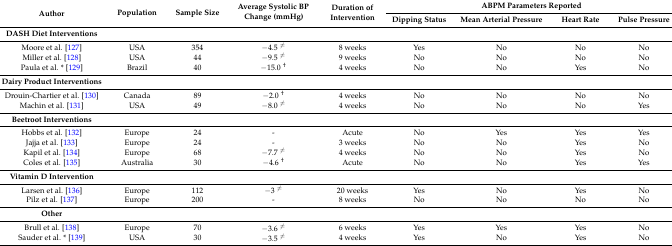
<table><thead><tr><td rowspan="2"><b>Author</b></td><td rowspan="2"><b>Population</b></td><td rowspan="2"><b>Sample Size</b></td><td rowspan="2"><b>Average Systolic BP Change (mmHg)</b></td><td rowspan="2"><b>Duration of Intervention</b></td><td colspan="4"><b>ABPM Parameters Reported</b></td></tr><tr><td><b>Dipping Status</b></td><td><b>Mean Arterial Pressure</b></td><td><b>Heart Rate</b></td><td><b>Pulse Pressure</b></td></tr></thead><tbody><tr><td><b>DASH Diet Interventions</b></td><td></td><td></td><td></td><td></td><td></td><td></td><td></td><td></td></tr><tr><td>Moore et al. [127]</td><td>USA</td><td>354</td><td>−4.5 <sup>≠</sup></td><td>8 weeks</td><td>Yes</td><td>No</td><td>No</td><td>No</td></tr><tr><td>Miller et al. [128]</td><td>USA</td><td>44</td><td>−9.5 <sup>≠</sup></td><td>9 weeks</td><td>No</td><td>No</td><td>No</td><td>No</td></tr><tr><td>Paula et al. * [129]</td><td>Brazil</td><td>40</td><td>−15.0 <sup>†</sup></td><td>4 weeks</td><td>No</td><td>No</td><td>Yes</td><td>No</td></tr><tr><td><b>Dairy Product Interventions</b></td><td></td><td></td><td></td><td></td><td></td><td></td><td></td><td></td></tr><tr><td>Drouin-Chartier et al. [130]</td><td>Canada</td><td>89</td><td>−2.0 <sup>†</sup></td><td>4 weeks</td><td>No</td><td>No</td><td>No</td><td>No</td></tr><tr><td>Machin et al. [131]</td><td>USA</td><td>49</td><td>−8.0 <sup>≠</sup></td><td>4 weeks</td><td>No</td><td>No</td><td>No</td><td>Yes</td></tr><tr><td><b>Beetroot Interventions</b></td><td></td><td></td><td></td><td></td><td></td><td></td><td></td><td></td></tr><tr><td>Hobbs et al. [132]</td><td>Europe</td><td>24</td><td>-</td><td>Acute</td><td>No</td><td>Yes</td><td>Yes</td><td>Yes</td></tr><tr><td>Jajja et al. [133]</td><td>Europe</td><td>24</td><td>-</td><td>3 weeks</td><td>No</td><td>No</td><td>Yes</td><td>No</td></tr><tr><td>Kapil et al. [134]</td><td>Europe</td><td>68</td><td>−7.7 <sup>≠</sup></td><td>4 weeks</td><td>No</td><td>No</td><td>Yes</td><td>No</td></tr><tr><td>Coles et al. [135]</td><td>Australia</td><td>30</td><td>−4.6 <sup>†</sup></td><td>Acute</td><td>No</td><td>No</td><td>Yes</td><td>Yes</td></tr><tr><td><b>Vitamin D Intervention</b></td><td></td><td></td><td></td><td></td><td></td><td></td><td></td><td></td></tr><tr><td>Larsen et al. [136]</td><td>Europe</td><td>112</td><td>−3 <sup>≠</sup></td><td>20 weeks</td><td>Yes</td><td>No</td><td>Yes</td><td>No</td></tr><tr><td>Pilz et al. [137]</td><td>Europe</td><td>200</td><td>-</td><td>8 weeks</td><td>No</td><td>No</td><td>No</td><td>No</td></tr><tr><td><b>Other</b></td><td></td><td></td><td></td><td></td><td></td><td></td><td></td><td></td></tr><tr><td>Brull et al. [138]</td><td>Europe</td><td>70</td><td>−3.6 <sup>≠</sup></td><td>6 weeks</td><td>Yes</td><td>Yes</td><td>Yes</td><td>No</td></tr><tr><td>Sauder et al. * [139]</td><td>USA</td><td>30</td><td>−3.5 <sup>≠</sup></td><td>4 weeks</td><td>Yes</td><td>No</td><td>Yes</td><td>No</td></tr></tbody></table>